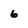
Character: 6